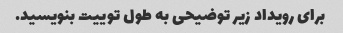
برای رویداد زیر توضیحی به طول توییت بنویسید.